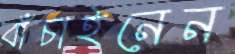
বাঁচাইনেন